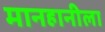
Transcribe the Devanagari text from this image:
मानहानीला